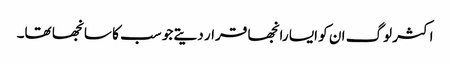
اکثر لوگ ان کو ایسا رانجھا قرار دیتے جو سب کا سانجھا تھا۔